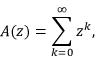
A ( z ) = \sum _ { k = 0 } ^ { \infty } z ^ { k } ,